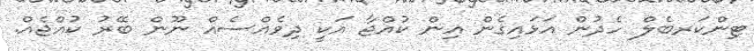
ޓިންކަރބެލް ހެދުން އަޅައިގެން އިން ކުއްޖާ އަކީ ދިވެއްސެއް ނޫން ބޭރު ކުއްޖެއް.